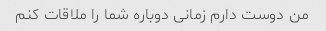
من دوست دارم زمانی دوباره شما را ملاقات کنم